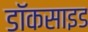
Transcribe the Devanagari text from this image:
डॉकसाइड